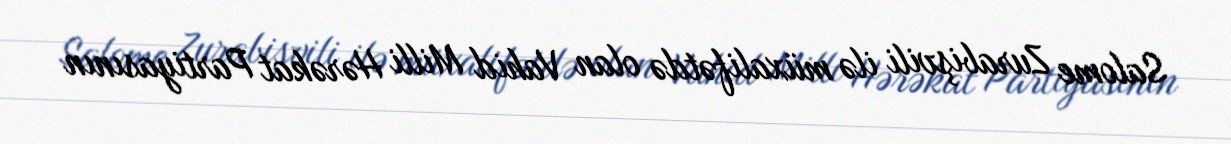
Salome Zurabişvili ilə müxalifətdə olan Vahid Milli Hərəkat Partiyasının